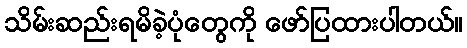
သိမ်းဆည်းရမိခဲ့ပုံတွေကို ဖော်ပြထားပါတယ်။